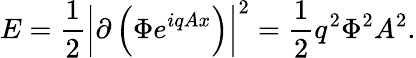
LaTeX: E={\frac{1}{2}}\left|\partial\left(\Phi e^{iqAx}\right)\right|^{2}={\frac{1}{2}}q^{2}\Phi^{2}A^{2}.